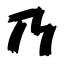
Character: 乃